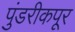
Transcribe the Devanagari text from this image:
पुंडरीकपूर